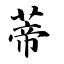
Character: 蒂